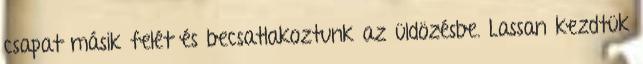
csapat másik felét és becsatlakoztunk az üldözésbe. Lassan kezdtük